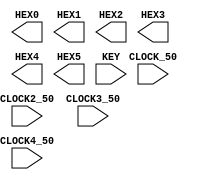

//=======================================================
//  This code is generated by Terasic System Builder
//=======================================================

module DE1_SOC(

	//////////// CLOCK //////////
	input 		          		CLOCK2_50,
	input 		          		CLOCK3_50,
	input 		          		CLOCK4_50,
	input 		          		CLOCK_50,

	//////////// SEG7 //////////
	output		     [6:0]		HEX0,
	output		     [6:0]		HEX1,
	output		     [6:0]		HEX2,
	output		     [6:0]		HEX3,
	output		     [6:0]		HEX4,
	output		     [6:0]		HEX5,

	//////////// KEY //////////
	input 		     [3:0]		KEY
);



//=======================================================
//  REG/WIRE declarations
//=======================================================




//=======================================================
//  Structural coding
//=======================================================



endmodule